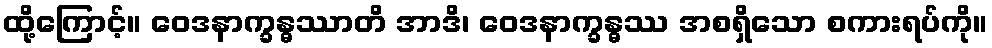
ထို့ကြောင့်။ ဝေဒနာက္ခန္ဓဿာတိ အာဒိ၊ ဝေဒနာက္ခန္ဓဿ အစရှိသော စကားရပ်ကို။